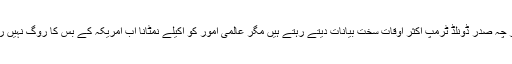
اگر چہ صدر ڈونلڈ ٹرمپ اکثر اوقات سخت بیانات دیتے رہتے ہیں مگر عالمی امور کو اکیلے نمٹانا اب امریکہ کے بس کا روگ نہیں رہا۔